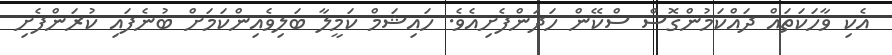
އެކި ވާހަކަތައް ދައްކަމުންގޮސް ސްކޭން ހަދަންފެށިއެވެ. ހައިޝަމް ކަމީލާ ބަލިވެއިންކަމަށް ބުނެފައި ކުރަންފެށި